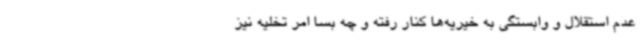
عدم استقلال و وابستگی به خیریه‌ها کنار رفته و چه بسا امر تخلیه نیز